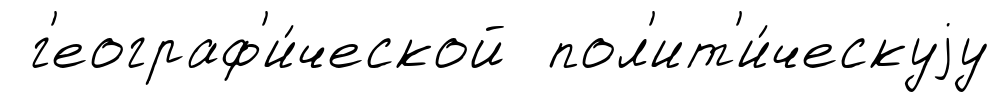
г'еограф'и́ческой пол'ит'и́ческуjу